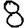
Digit: 8